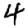
Digit: 4